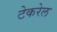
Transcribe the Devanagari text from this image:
टेकरेल